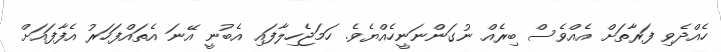
ހެއްދެވި ފަރާތަށް އެއްވެސް ބިރެއް ނުގަންނަނީހެއްޔެވެ. ހަމަޖެހިލާފައި އެބުނީ އޭނަ އެތައްފަހަރު އެފާފައަށް